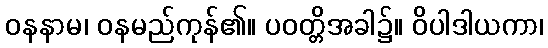
ဝနနာမ၊ ဝနမည်ကုန်၏။ ပဝတ္တိအခါ၌။ ဝိပါဒါယကာ၊